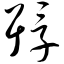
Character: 殍